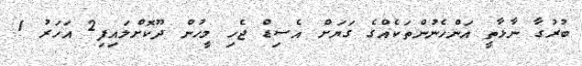
ބުރުގާ ނާޅާތީ އަންހެނުންތަކެއްގެ ގަޔަށް އެސިޑް ޖެހި މީހުން ދޫކޮށްލައިފި2 އަހަރު 1